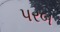
પરબ